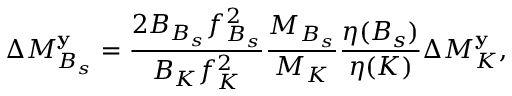
{ \Delta } M _ { B _ { s } } ^ { \bf y } = \frac { 2 B _ { B _ { s } } { f } _ { B _ { s } } ^ { 2 } } { B _ { K } { f } _ { K } ^ { 2 } } \frac { M _ { B _ { s } } } { M _ { K } } \frac { { \eta } ( B _ { s } ) } { { \eta } ( K ) } { \Delta } M _ { K } ^ { \bf y } ,